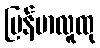
မြန်မာလူထု